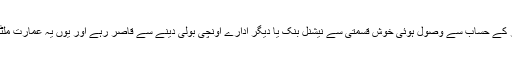
اگلی بولی 1975ء میں 675 روپے مربع گز کے حساب سے وصول ہوئی خوش قسمتی سے نیشنل بنک یا دیگر ادارے اونچی بولی دینے سے قاصر رہے اور یوں یہ عمارت ملٹی سٹوری پلازہ کی شکل اختیار نہ کر سکی ۔